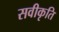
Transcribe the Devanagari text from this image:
सवीकृति